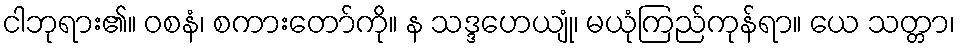
ငါဘုရား၏။ ဝစနံ၊ စကားတော်ကို။ န သဒ္ဒဟေယျုံ၊ မယုံကြည်ကုန်ရာ။ ယေ သတ္တာ၊